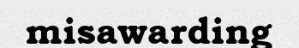
misawarding